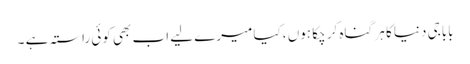
باباجی دنیا کا ہر گناہ کر چکا ہوں ،کیا میرے لیے اب بھی کوئی راستہ ہے ۔